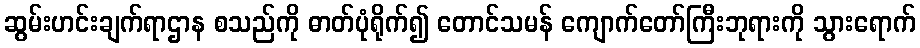
ဆွမ်းဟင်းချက်ရာဌာန စသည်ကို ဓာတ်ပုံရိုက်၍ တောင်သမန် ကျောက်တော်ကြီးဘုရားကို သွားရောက်